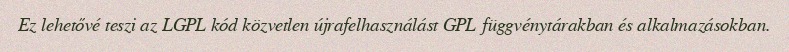
Ez lehetővé teszi az LGPL kód közvetlen újrafelhasználást GPL függvénytárakban és alkalmazásokban.